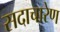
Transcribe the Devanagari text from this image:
सदाचारेण